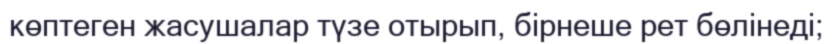
көптеген жасушалар түзе отырып, бірнеше рет бөлінеді;